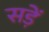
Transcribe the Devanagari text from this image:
सड़ें